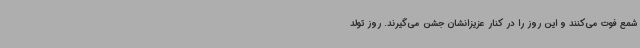
شمع فوت می‌کنند و این روز را در کنار عزیزانشان جشن می‌گیرند. روز تولد